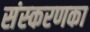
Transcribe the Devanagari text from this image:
संस्‍करणका